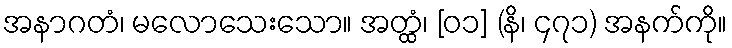
အနာဂတံ၊ မလောသေးသော။ အတ္ထံ၊ [၀၁] (နိ၊ ၄၇၁) အနက်ကို။